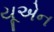
યૂએન